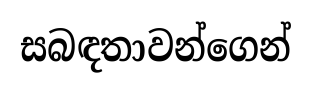
සබඳතාවන්ගෙන්